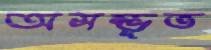
অসম্ভূত